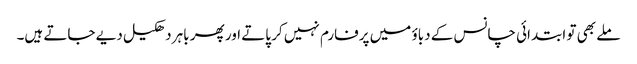
ملے بھی تو ابتدائی چانس کے دباؤ میں پرفارم نہیں کر پاتے اور پھر باہر دھکیل دیے جاتے ہیں۔